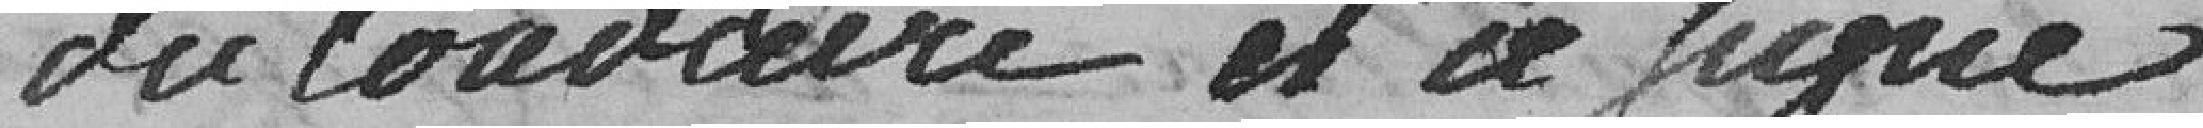
dû louddire et ce fiqué